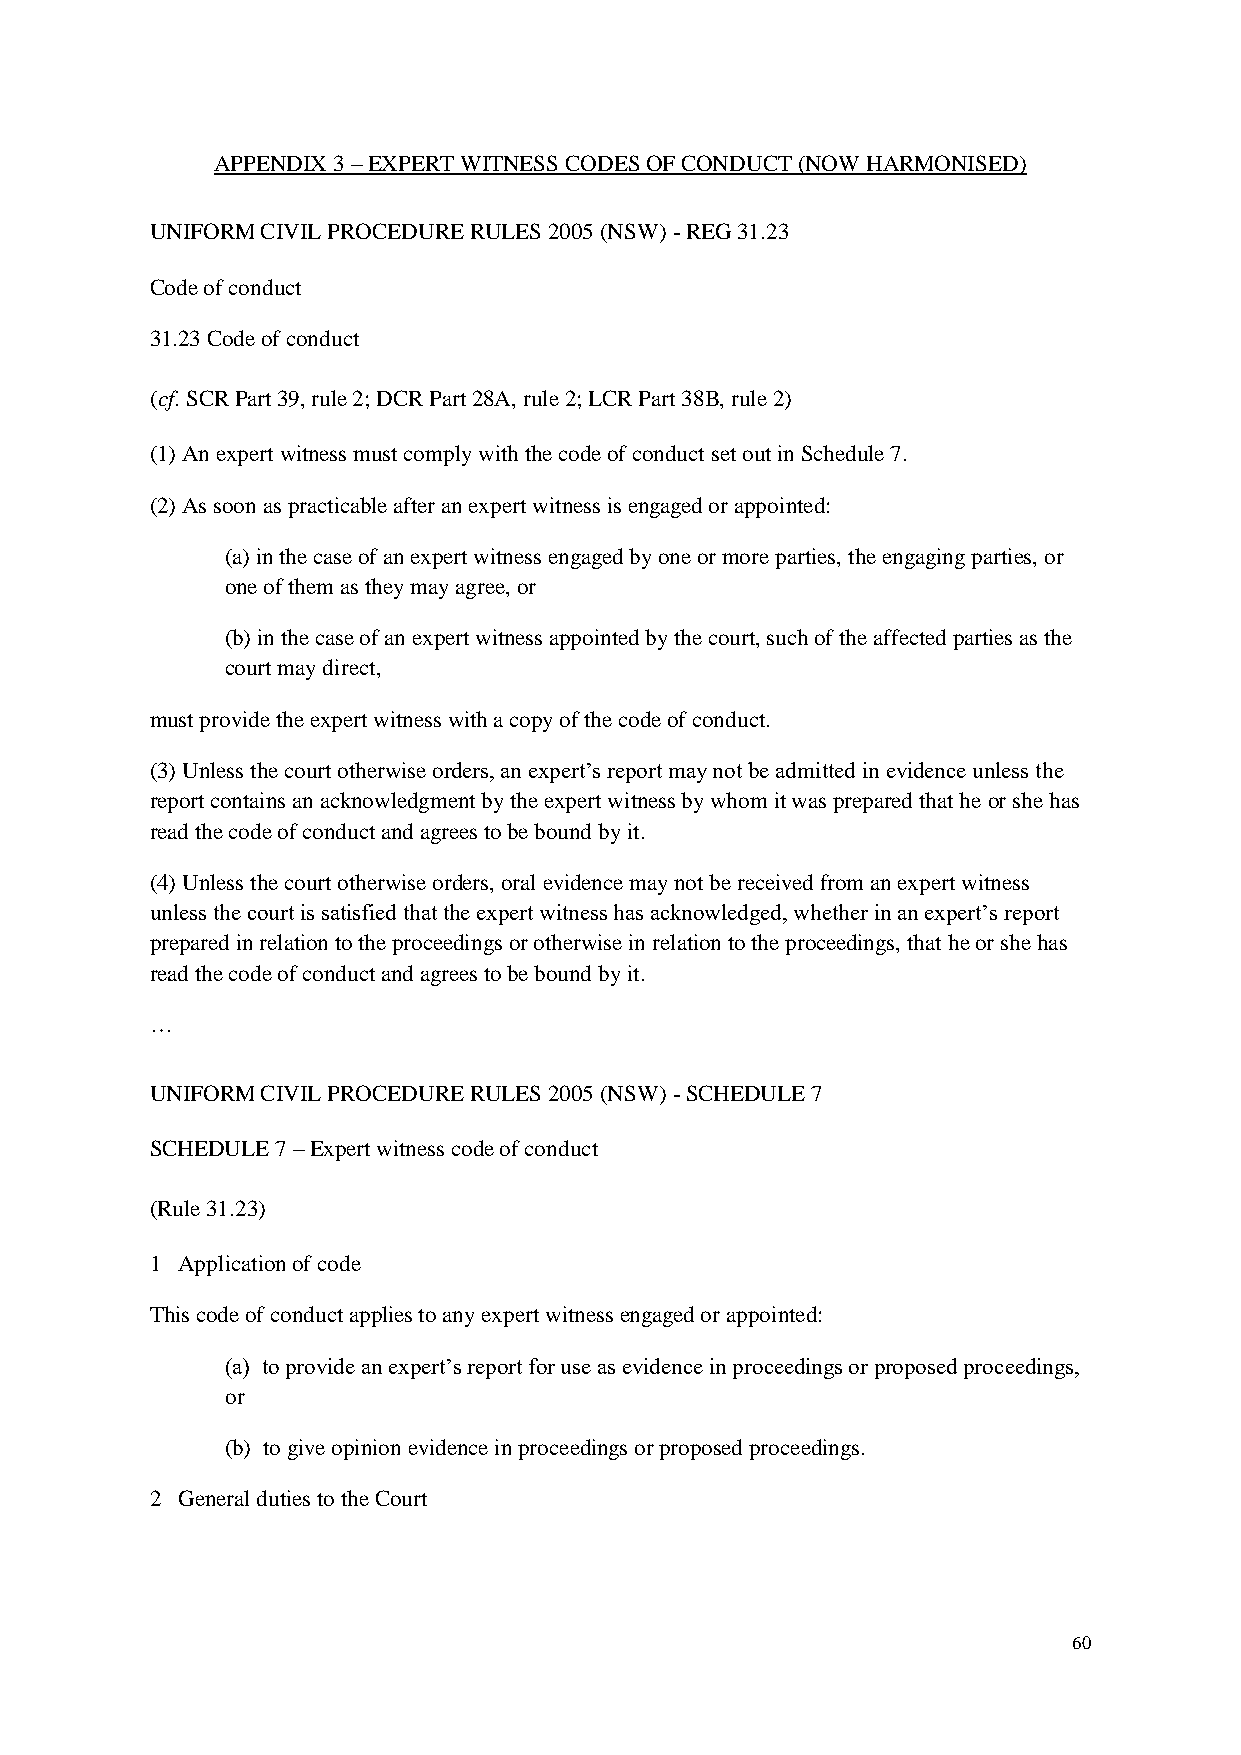
APPENDIX 3 – EXPERT WITNESS CODES OF CONDUCT (NOW HARMONISED)
 UNIFORM CIVIL PROCEDURE RULES 2005 (NSW) - REG 31.23
 Code of conduct
 31.23 Code of conduct
 (cf. SCR Part 39, rule 2; DCR Part 28A, rule 2; LCR Part 38B, rule 2)
 (1) An expert witness must comply with the code of conduct set out in Schedule 7.
 (2) As soon as practicable after an expert witness is engaged or appointed:
 (a) in the case of an expert witness engaged by one or more parties, the engaging parties, or
 one of them as they may agree, or
 (b) in the case of an expert witness appointed by the court, such of the affected parties as the
 court may direct,
 must provide the expert witness with a copy of the code of conduct.
 (3) Unless the court otherwise orders, an expert’s report may not be admitted in evidence unless the
 report contains an acknowledgment by the expert witness by whom it was prepared that he or she has
 read the code of conduct and agrees to be bound by it.
 (4) Unless the court otherwise orders, oral evidence may not be received from an expert witness
 unless the court is satisfied that the expert witness has acknowledged, whether in an expert’s report
 prepared in relation to the proceedings or otherwise in relation to the proceedings, that he or she has
 read the code of conduct and agrees to be bound by it.
 …
 UNIFORM CIVIL PROCEDURE RULES 2005 (NSW) - SCHEDULE 7
 SCHEDULE 7 – Expert witness code of conduct
 (Rule 31.23)
 1 Application of code
 This code of conduct applies to any expert witness engaged or appointed:
 (a) to provide an expert’s report for use as evidence in proceedings or proposed proceedings,
 or
 (b) to give opinion evidence in proceedings or proposed proceedings.
 2 General duties to the Court
 60